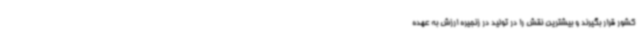
کشور قرار بگیرند و بیشترین نقش را در تولید در زنجیره ارزش به عهده